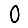
Digit: 0